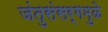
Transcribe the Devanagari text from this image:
जंतुसंसर्गमुळे